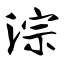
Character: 淙